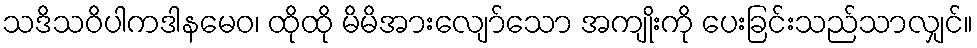
သဒိသဝိပါကဒါနမေဝ၊ ထိုထို မိမိအားလျော်သော အကျိုးကို ပေးခြင်းသည်သာလျှင်။